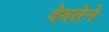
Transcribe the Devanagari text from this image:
देवतेने